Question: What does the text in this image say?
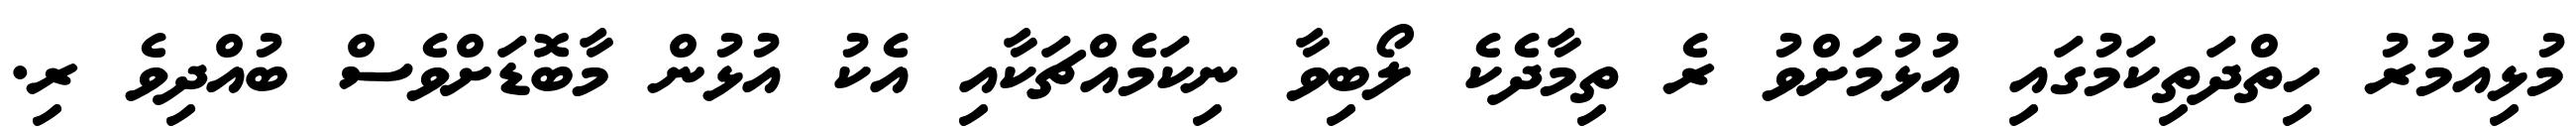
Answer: މުޅިއުމުރު ހިތްދަތިކަމުގައި އުޅުމަށްވު ރެ ތިމާދެކެ ލޯބިވާ ނިކަމެއްޗަކާއި އެކު އުޅުން މާބޮޑަށްވެސް ބުއްދިވެ ރި.